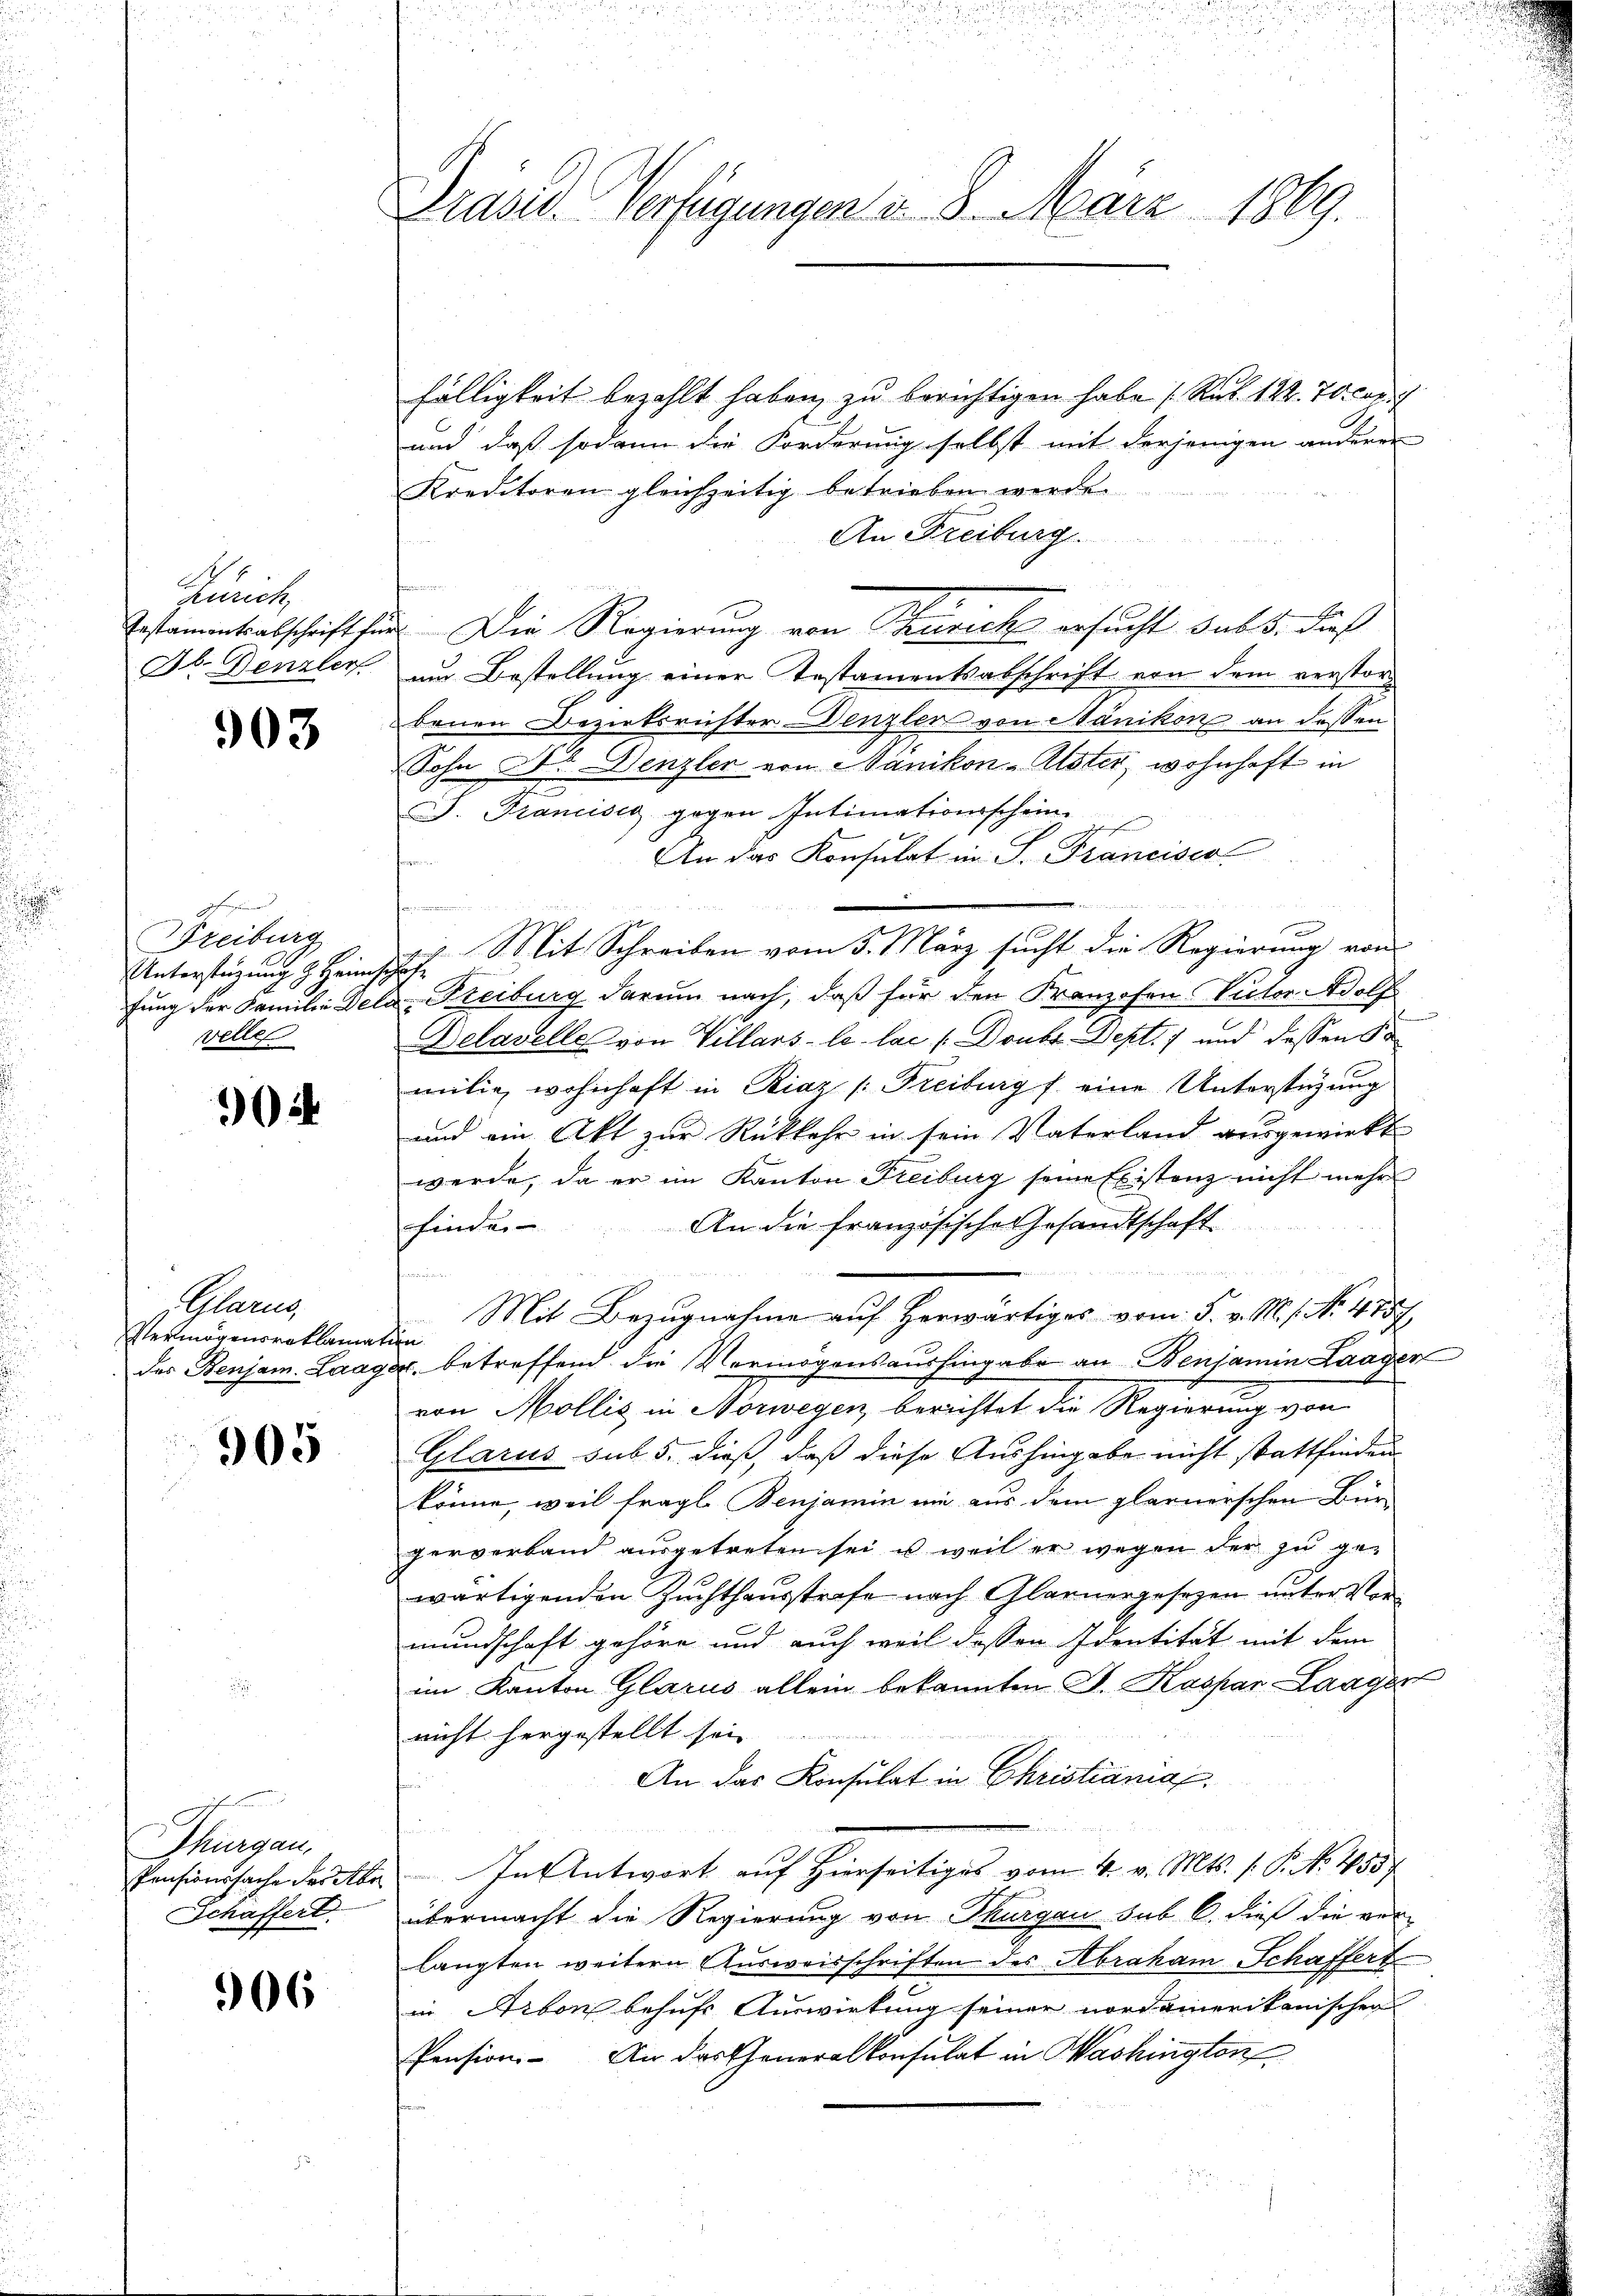
Prait,
F. Denzler

903

d
Freiburg
Unterstüzung z. Heim,
velle

05

"Glarus,
Vermögensroklamatin

305

Thurgau.
Pensionssache der Abr
Schaffert.

906

Präses Verfügungen v. 8. März 1869.

fälligkeit bezahlt haben zu berichtigen habe (Rek. 122. 70 Cop.
und daß sodann die Forderung selbst mit derjenigen anderer
Kreditoren gleichzeitig betrieben werde.
An Freiburg.
u
Testamentabschrift für Die Regierung von Schurick ersucht sub 5. dieß
um Bestellung einer Testamentsabschrift von dem verstorbenen Bezirksrichter Denzler von Nänikon an dessen
Sohn Art. Denzler von Nänikon - Alster, wohnhaft in
F. Francisco gegen Intimationsschein
An das Konsulat im J. Pranciser
ten
|
F
Mit Schreiben vom 5. März sucht die Regierung von
.
fung der Familie Dela-Freiburg darum nach, daß für den Franzosen Victor Adolfs
Delavelle von Villars - le lac (Doubt. Dept. 1 und dessen Samilie wohnhaft in Riaz /: Freiburg f eine Unterstüzung
und ein Akt zur Rückkehr in sein Vaterland ausgewirkt
werde, da er im Kanton Freiburg seine Existenz nicht mehr
An die französische Gesandtschaft
finden
a
.
Mit Bezugnahme auf herwärtiges vom 3. v. M. s. No. 475.
der Benjam. Laager, betreffend die Vermögensaushingabe an Benjamin Laager
e
von Mollis in Norwegen, berichtet die Regierung von
Glarus sub 5. dieß, daß diese Aushingabe nicht stattfinden
könne, weil fragl. Benjamin nie aus dem plarnerschen Bür-
perverband ausgetreten sei u. weil er wegen der zu gewärtigenden Zuchthausstrafe nach Glarnergesezen unter Vermundschaft gehöre und auch weil dessen Identität mit dem
im Kanton Glarus allein bekannten J. Kaspar Laagen
nicht hergestellt sei
An das Konsulat in Christiania.
n
In Antwort auf Hierseitiges vom 4. v. Mts. 1. P. Nr. 485
übermacht die Regierung von Thurgau sub 6. dieß die ver-
langten weitern Ausweisschriften des Abraham Schaffert
in Arbon behufs Auswirkung seiner nordamerikanischen
Pension. An dartheneralkonsulat in Washington